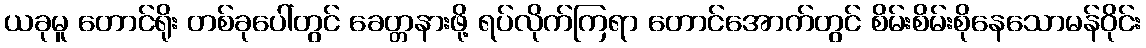
ယခုမူ တောင်ရိုး တစ်ခုပေါ်တွင် ခေတ္တနားဖို့ ရပ်လိုက်ကြရာ တောင်အောက်တွင် စိမ်းစိမ်းစိုနေသောမန်ဝိုင်း